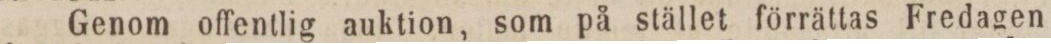
Genom offentlig auktion, som på stället förrättas Fredagen